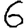
Digit: 6